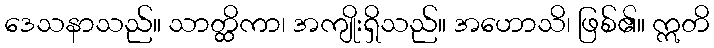
ဒေသနာသည်။ သာတ္ထိကာ၊ အကျိုးရှိသည်။ အဟောသိ၊ ဖြစ်၏။ ဣတိ